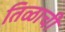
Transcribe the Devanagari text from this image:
तिळाची